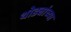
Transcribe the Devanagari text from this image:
थोड्यांच्या